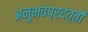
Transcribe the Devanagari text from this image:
अनुभवप्रदत्तों